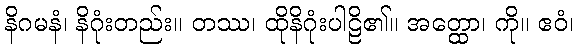
နိဂမနံ၊ နိဂုံးတည်း။ တဿ၊ ထိုနိဂုံးပါဠိ၏။ အတ္ထော၊ ကို။ ဧဝံ၊